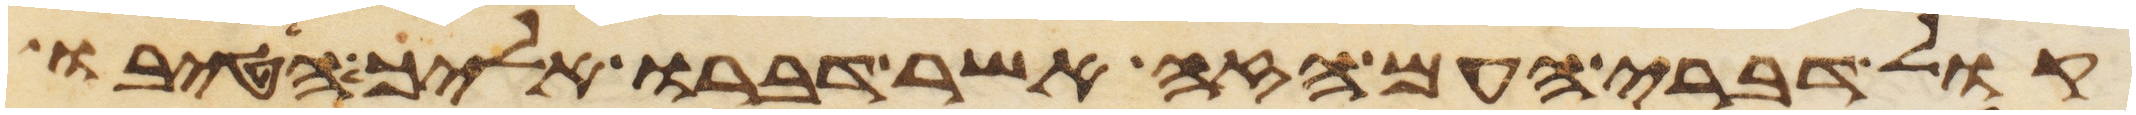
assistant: קול דברי העם הזה אשר דברו אליך הטיבו